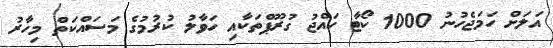
އަލަށް ހަމަޖެހުނު 1000 ކޯޓާ ހައްޖު ގުރޫޕްތަކާއި ހަވާލު ކުރުމުގެ މަސައްކަތް މިހާރު